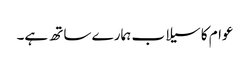
عوام کا سیلاب ہمارے ساتھ ہے۔